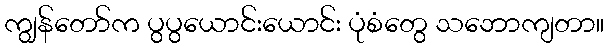
ကျွန်တော်က ပွပွယောင်းယောင်း ပုံစံတွေ သဘောကျတာ။